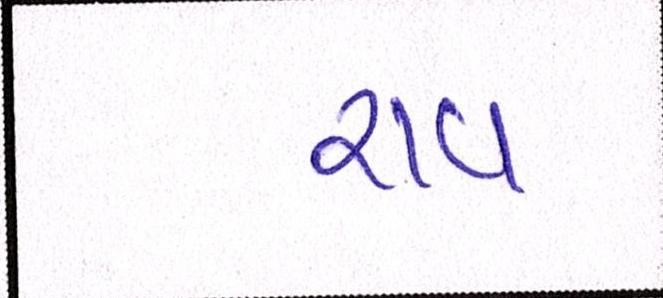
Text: રાવ